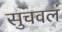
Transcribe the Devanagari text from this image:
सुचवलं